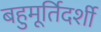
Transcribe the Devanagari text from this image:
बहुमूर्तिदर्शी